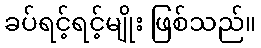
ခပ်ရင့်ရင့်မျိုး ဖြစ်သည်။